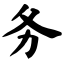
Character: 务